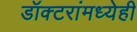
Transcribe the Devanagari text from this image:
डॉक्‍टरांमध्येही